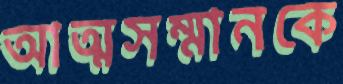
আত্মসম্মানকে